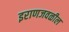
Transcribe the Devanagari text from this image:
इराणजवळील